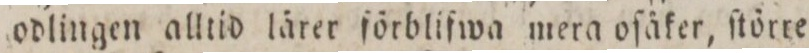
ldlingen alltid lårer förblifwa mera ofäfer, ſtörre